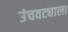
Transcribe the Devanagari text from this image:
उंचवट्याला